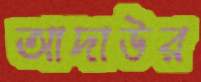
আদাউর